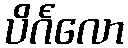
ပိင်္ဂလော